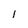
Character: 1